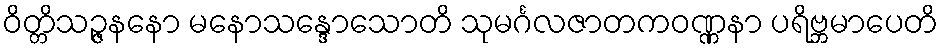
ဝိတ္တိသဉ္ဇနနော မနောသန္ဒောသောတိ သုမင်္ဂလဇာတကဝဏ္ဏနာ ပရိဗ္ဘမာပေတိ